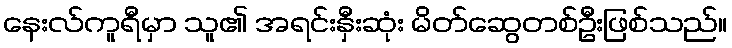
နေးလ်ကူရီမှာ သူ၏ အရင်းနှီးဆုံး မိတ်ဆွေတစ်ဦးဖြစ်သည်။